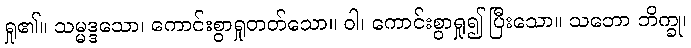
ရှု၏။ သမ္မဒ္ဒသော၊ ကောင်းစွာရှုတတ်သော။ ဝါ၊ ကောင်းစွာရှု၍ ပြီးသော။ သဘော ဘိက္ခု၊